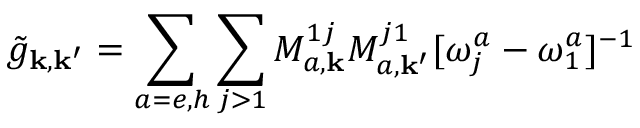
\tilde { g } _ { \mathbf { k } , \mathbf { k } ^ { \prime } } = \sum _ { a = e , h } \sum _ { j > 1 } M _ { a , \mathbf { k } } ^ { 1 j } M _ { a , \mathbf { k } ^ { \prime } } ^ { j 1 } [ \omega _ { j } ^ { a } - \omega _ { 1 } ^ { a } ] ^ { - 1 }